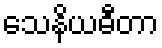
သေနိယဓီတာ